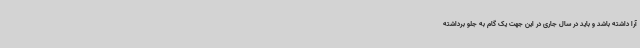
آرا داشته باشد و باید در سال جاری در این جهت یک گام به جلو برداشته